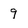
Character: 9